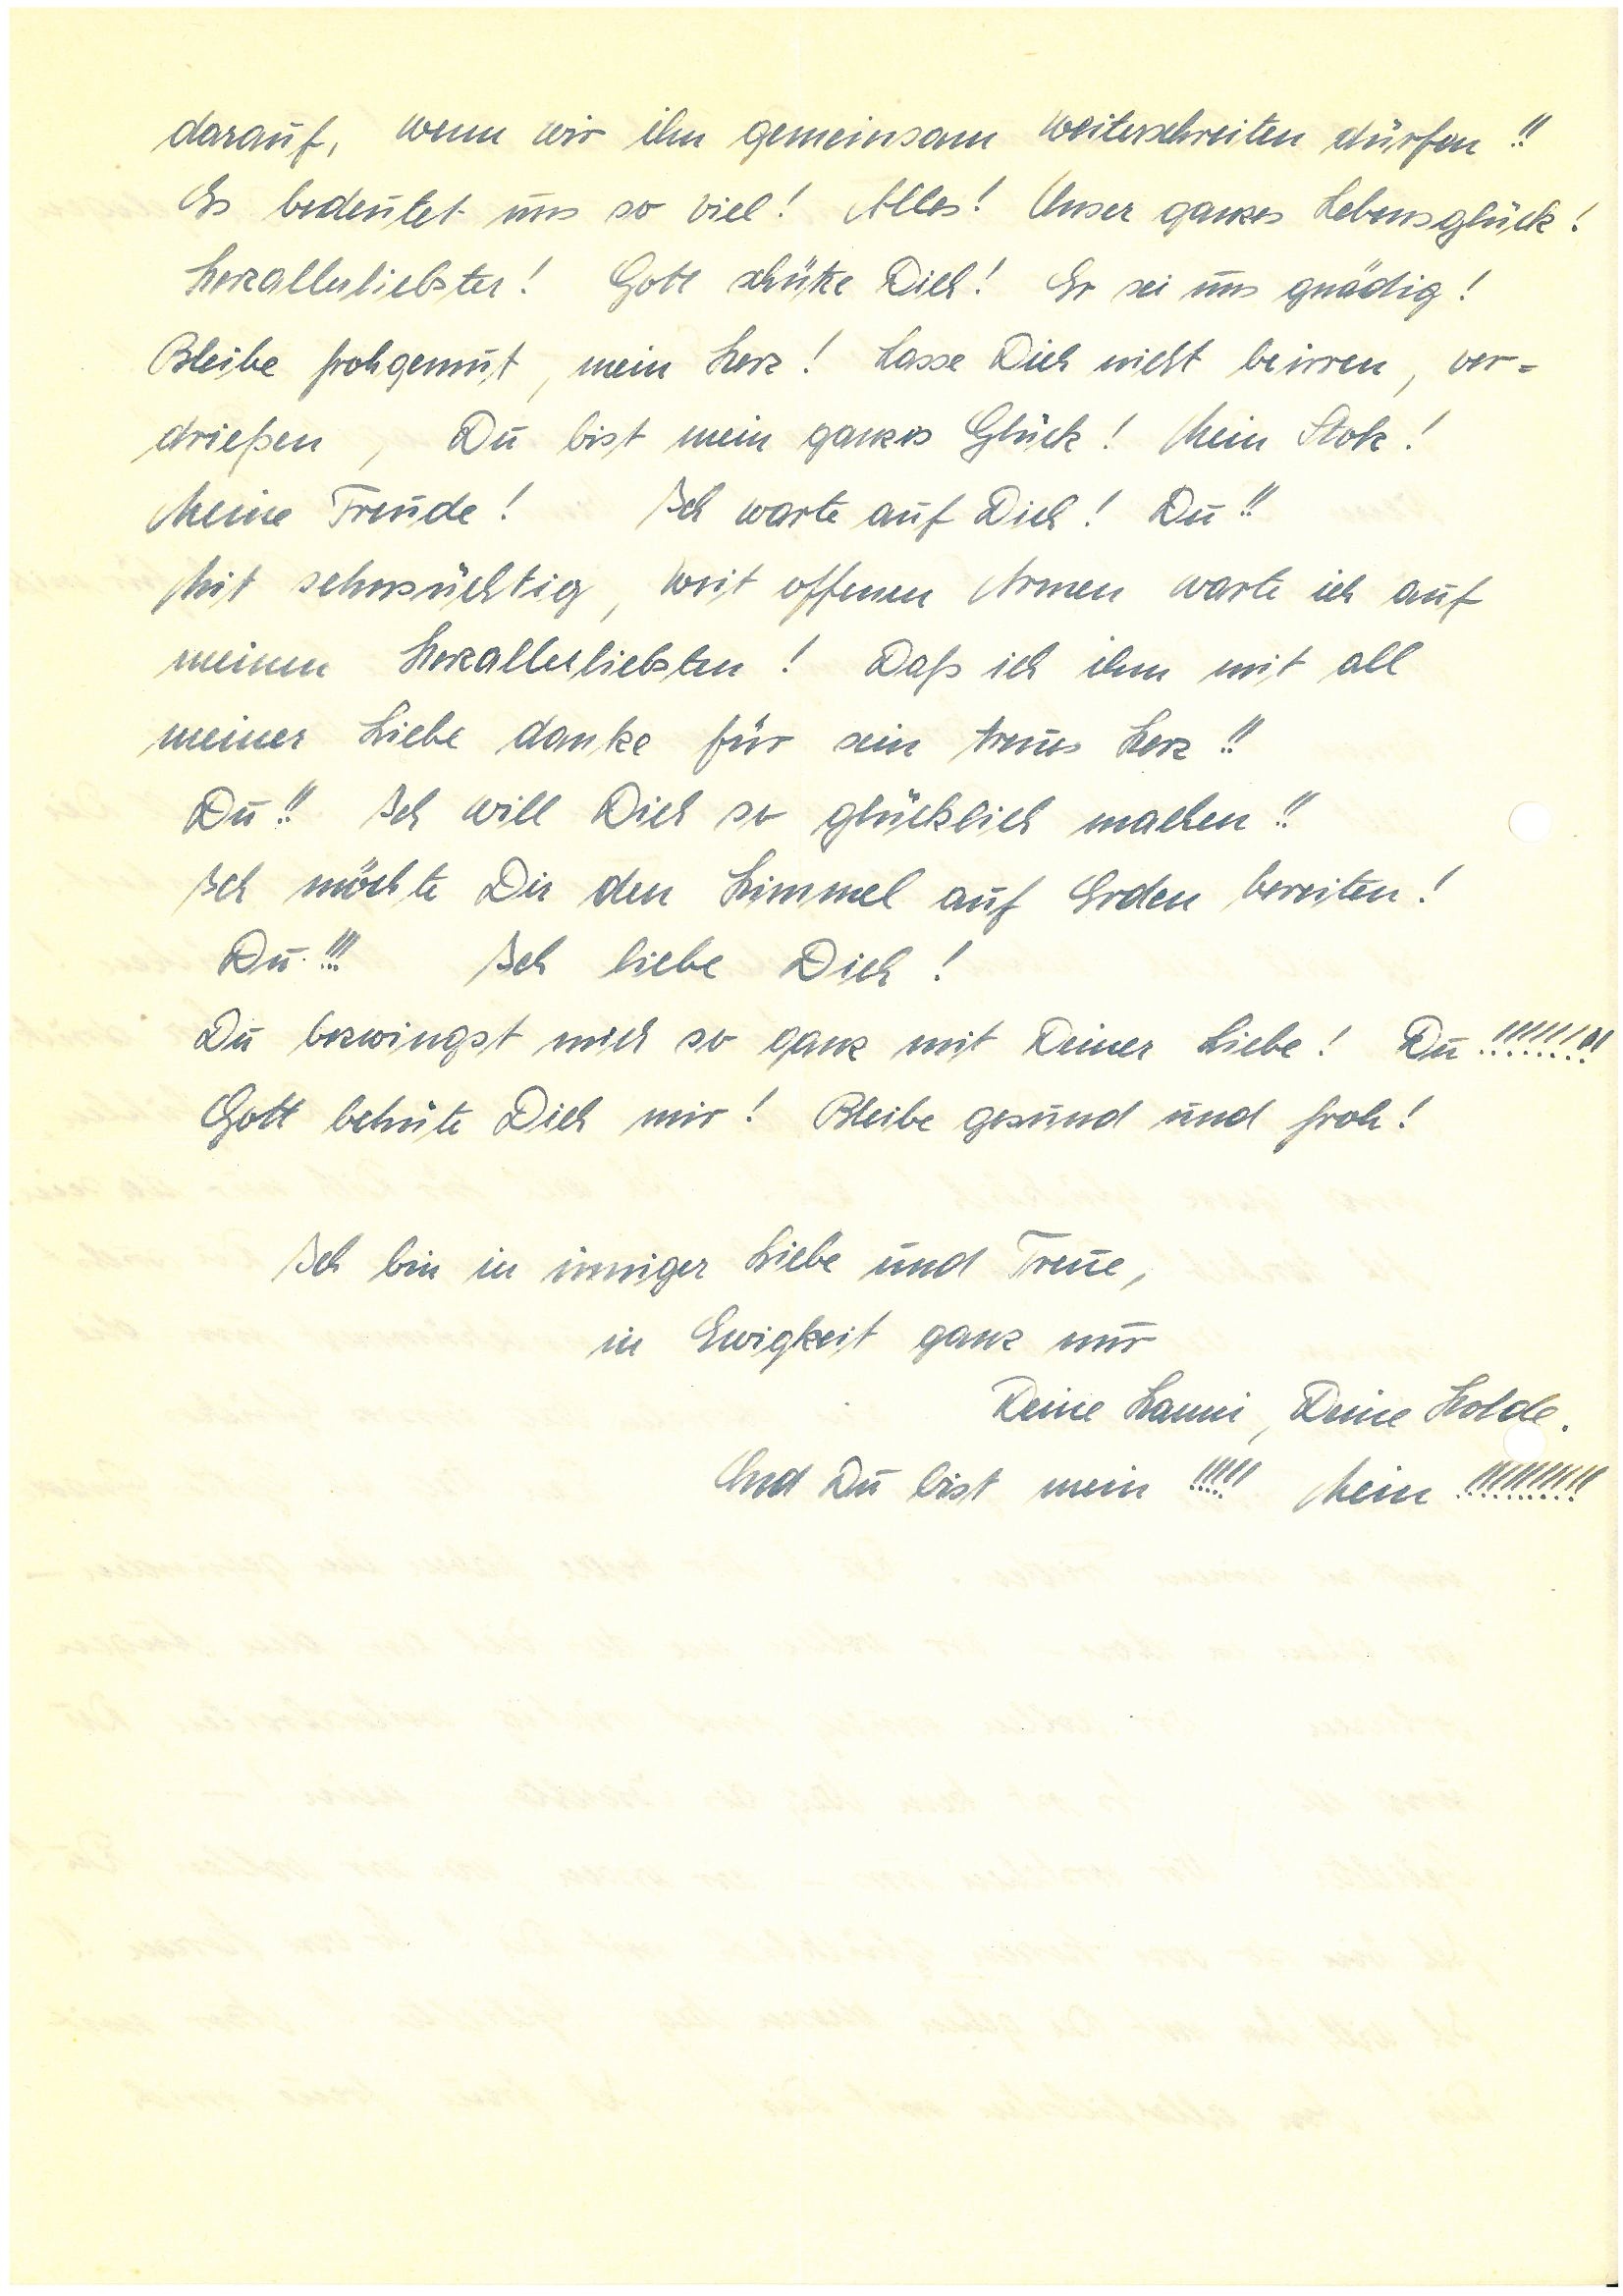
darauf, wenn wir ihn gemeinsam weiterschreiten dürfen!!
Es bedeutet uns so viel! Alles! Unser ganzes Lebensglück!
Herzallerliebster! Gott schütze Dich! Er sei uns gnädig!
Bleibe frohgemut, mein Herz! Lasse Dich nicht beirren, ver¬
drießen, Du bist mein ganzes Glück! Mein Stolz!
Meine Freude! Ich warte auf Dich! Du!!
Mit sehnsüchtig, weit offenen Armen warte ich auf
meinen Herzallerliebsten! Daß ich ihm mit all
meiner Liebe danke für sein treues Herz!!
Du!! Ich will Dich so glücklich machen!!
Ich möchte Dir den Himmel auf Erden bereiten!
Du!!! Ich liebe Dich!
Du bezwingst mich so ganz mit Deiner Liebe! Du!!!!!!!!
Gott behüte Dich mir! Bleibe gesund und froh!
Ich bin in inniger Liebe und Treue,
in Ewigkeit ganz nur
Deine , Deine Holde.
Und Du bist mein!!!!! Mein!!!!!!!!!!